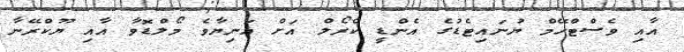
އާއި ވެސްޓްހޭމް ޔުނައިޓެޑުގެ އެންޑީ ކެރޯލް އަށް އަނިޔާވެ މޯލްޑޮވާ އާއި ޔޫކްރޭނާ